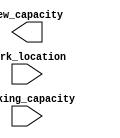
/*--  *******************************************************
--  Computer Architecture Course, Laboratory Sources 
--  Amirkabir University of Technology (Tehran Polytechnic)
--  Department of Computer Engineering (CE-AUT)
--  https://ce[dot]aut[dot]ac[dot]ir
--  *******************************************************
--  All Rights reserved (C) 2021-2022
--  *******************************************************
--  Student ID  : 
--  Student Name: 
--  Student Mail: 
--  *******************************************************
--  Additional Comments:
--
--*/

/*-----------------------------------------------------------
---  Module Name: calculate_new_capacity
-----------------------------------------------------------*/
`timescale 1 ns/1 ns
module calculate_new_capacity(
 park_location,
 parking_capacity,
 new_capacity);
input [7:0] park_location;
input [7:0] parking_capacity;
output [7:0] new_capacity;
 // write your code here, please.
endmodule